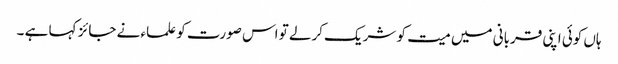
ہاں کوئی اپنی قربانی میں میت کو شریک کرلے تو اس صورت کو علماء نے جائز کہا ہے ۔